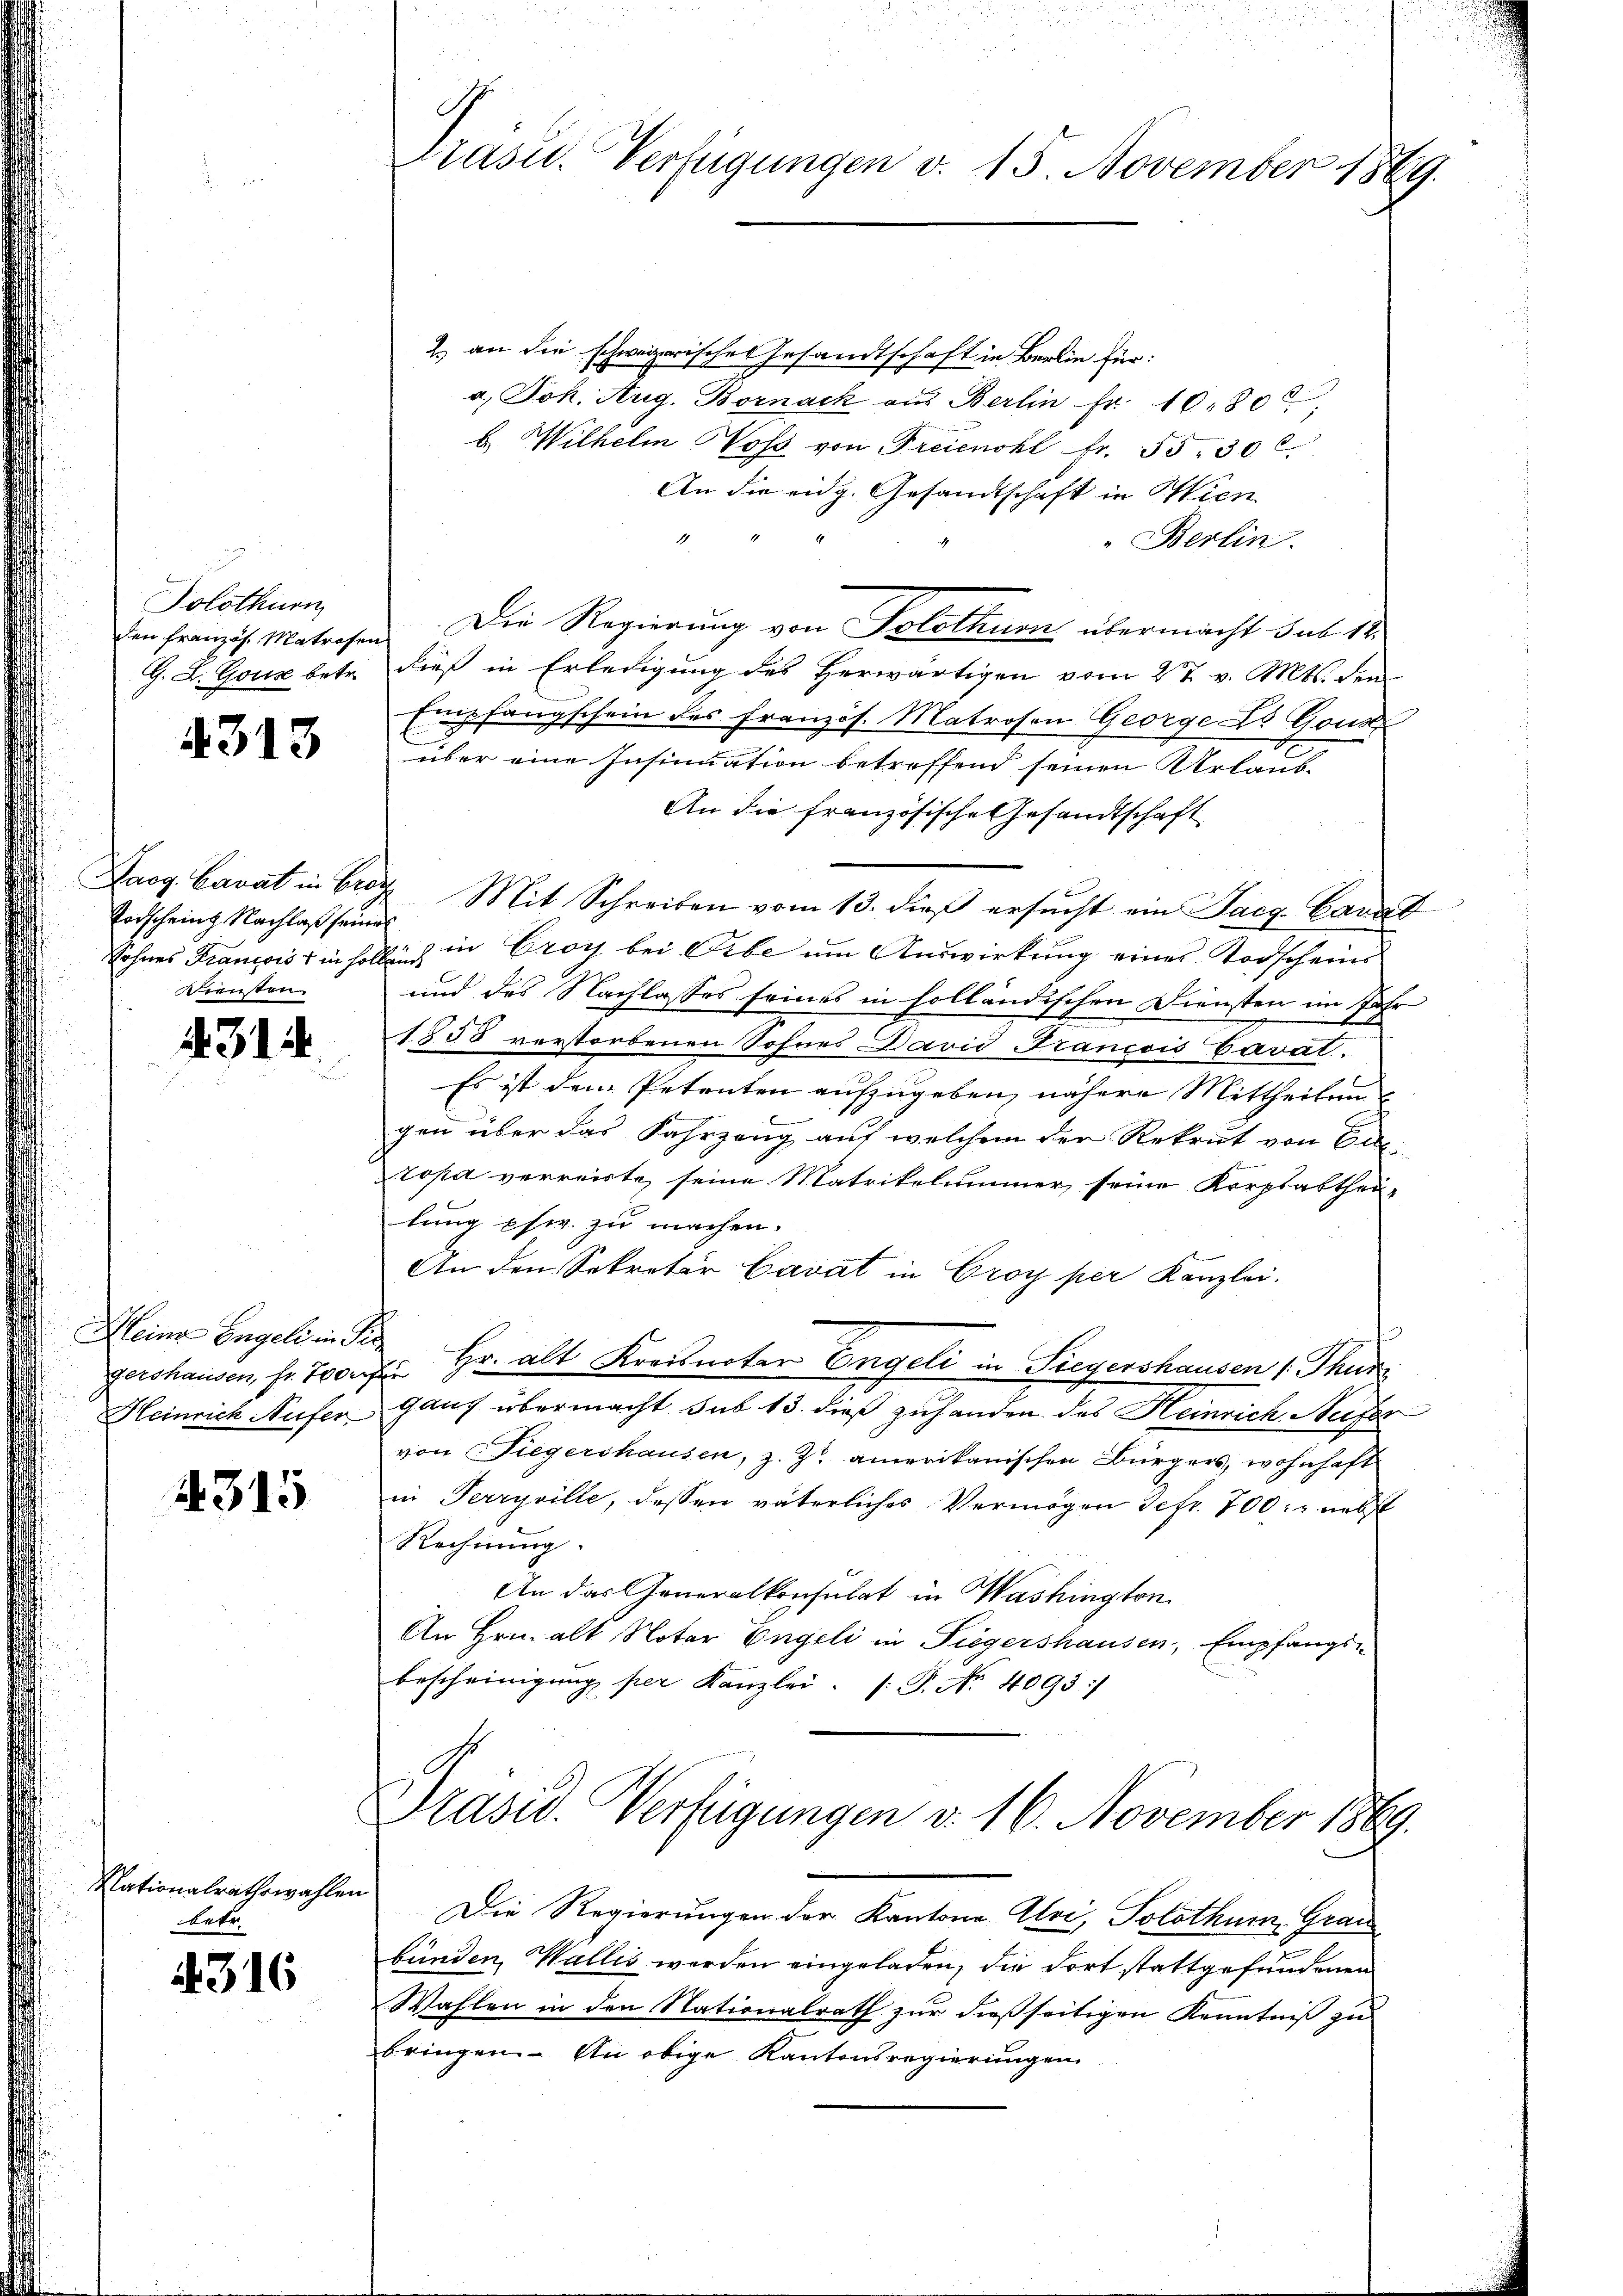
Solothurn

4313

Todschein Nachlaß seines
Diensten

431.

gershausen, fr. Wofer

2315

Nationalrathswahlen
betr.

316

2.) an die schweizerisches Gesandtschaft in Berlin für:
a. Joh. Aug. Bornack aus Berlin fr. 1080
b. Wilhelm Hofs von Freienohl Fr. 55. 30 l
An die eidg. Gesandtschaft in Wien
"Berlin.
den Franzis Matrafen. Die Regierung von Solothurn übermacht das 18
G. L. Gouz betr. dieß in Erledigung des Herwärtigen vom 27. v. Mts. den
Empfangschein des Französ. Matrosen George L. Gous
über eine Insinuation betreffend seinen Urlaub-
An die französische Gesandtschaft
Laog Cavat in Brot Mit Schreiben vom 13. dieß ersŭcht ein Sarg. Caval
Lohnes François in soll ich in Croy bei Gebe um Auswirkung eines Todscheins
und des Nachlasses seines in holländischen Diensten im Jahr
1858 verstorbenen Sohnes David Francois Caval.
Es ist dem Petenten aufzugeben, nähere Mittheilung

gen über das Fahrzeug auf welchem der Rekrut von Euc
ropa verreiste, seine Matrikelummer, seine Korpsabtheilung phw. zu machen.
An den Sekretär Cavat in Croy per Kanzlei.
Meine Engeli in der Hr. alt Kreisnotar Engeli in Siegershausen 1. Thur
Heinrich Nufer ganz übermacht sub 13. dieß zuhanden des Heinrich Refor
von Fiegershausen, z. Zt. amerikanischen Bürgers, wohnhaft
in Terryrille, dessen väterliches Vermögen Sefr. 700. nebst
Rechnung.
An das Generalkonsulat in Washington
An Hrn. alt Notar Engeli in Tiegershausen, Empfangs-
bescheinigŭng per Kanzlei. (T. No. 4095/

rasu. Verfügungen v. 13. November 1869.

Präsid. Verfügungen v. 16. November 1869.

Die Regierungen der Kantone Uri, Solothum, Grau
bunden Wallis werden eingeladen, die dort stattgefundenen
Wahlen in den Nationalrath zur dießseitigen Kenntniß zu
bringen. An obige Kantonsregierungen